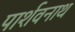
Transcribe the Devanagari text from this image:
पार्शवनाथ